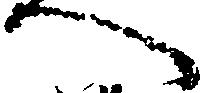
へ